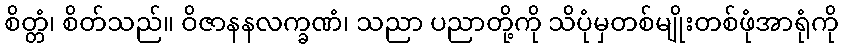
စိတ္တံ၊ စိတ်သည်။ ဝိဇာနနလက္ခဏံ၊ သညာ ပညာတို့ကို သိပုံမှတစ်မျိုးတစ်ဖုံအာရုံကို